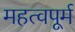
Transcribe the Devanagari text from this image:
महत्वपूर्म